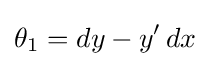
\theta _{1}=dy-y'\,dx